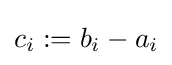
c_{i}:=b_{i}-a_{i}